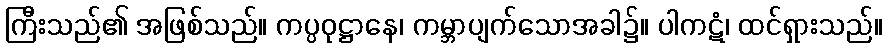
ကြီးသည်၏ အဖြစ်သည်။ ကပ္ပဝုဋ္ဌာနေ၊ ကမ္ဘာပျက်သောအခါ၌။ ပါကဋံ၊ ထင်ရှားသည်။